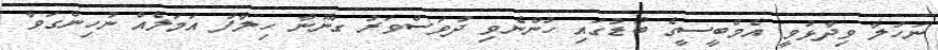
ނަހުލާ ވިދާޅުވީ އެމްބީސީގެ ބޯޑުގައި ހުންނެވި ދުވަސްވަރު ގާނޫނާ ހިލާފު އަމަލެއް ނުހިންގަވާ